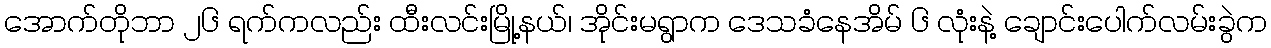
အောက်တိုဘာ ၂၆ ရက်ကလည်း ထီးလင်းမြို့နယ်၊ အိုင်းမရွာက ဒေသခံနေအိမ် ၆ လုံးနဲ့ ချောင်းပေါက်လမ်းခွဲက